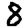
Digit: 8